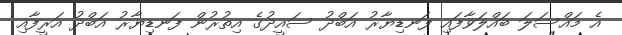
އެ މައްސަލަ ބައްލަވާފައި ފަނޑިޔާރު އަބްދު ސައީދުގެ އިތުރުން ފަނޑިޔާރު އަބްދު އަރީފާއި